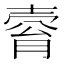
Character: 𡔴